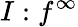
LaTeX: I:f^{\infty}